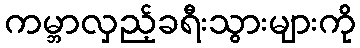
ကမ္ဘာလှည့်ခရီးသွားများကို